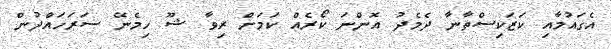
އެގައުމާއި ކަޒަކިސްތާނާ ދެމެދު އޮންނަ ކޯރެއް ކަމަށް ރިވާ ޝޫ ހިމެނޭ ސަރަހައްދުން